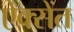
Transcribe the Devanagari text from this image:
ऐक्सेंत